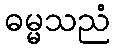
ဓမ္မသညံ